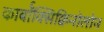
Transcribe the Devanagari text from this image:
कार्बॉक्सिक्विनोलोन